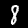
Label: 8